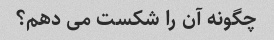
چگونه آن را شکست می دهم؟